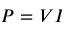
P = V I